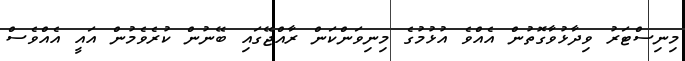
މިނިސްޓަރު ވިދާޅުވާގޮތުން އެއްވެ އުޅުމުގެ މިނިވަންކަން ރާއްޖޭގައި ބޭނުން ކުރެވެމުން އައީ އެއްވެސް